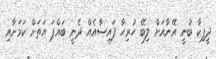
ދީޕިކާ ބުނީ އޭނާއަށް ލިބޭ ހުރިހާ ފައިސާއެއް ދެނީ ބައްޕަ އަތަށް ކަމަށާއި